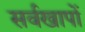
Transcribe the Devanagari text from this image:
सर्वखापों